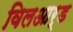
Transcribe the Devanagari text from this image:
विलआर्ड